Annual report of the Central Committee of the Association together with the report of the directors of the Pasteur Institute at Kasauli
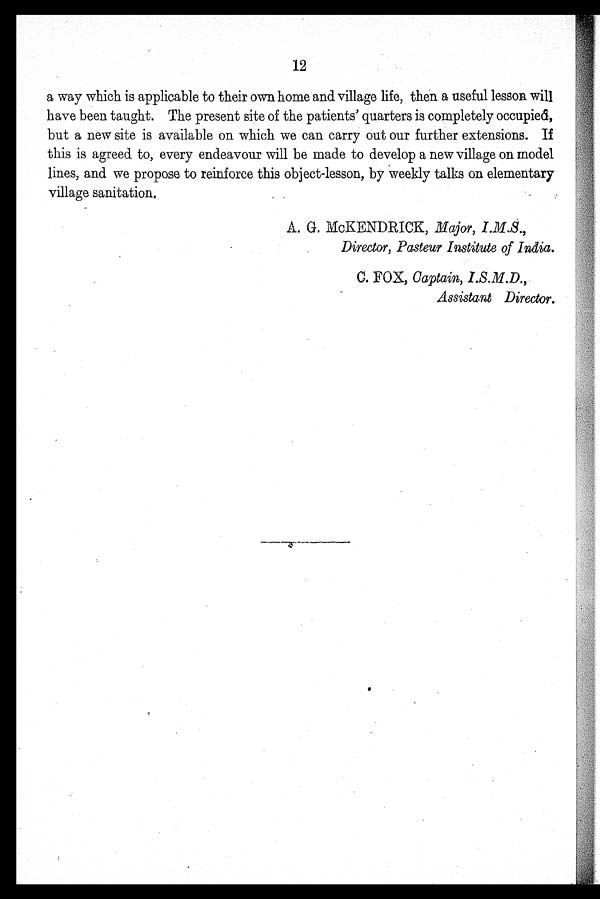
12
a way which is applicable to their own home and village life, then a useful lesson will
have been taught. The present site of the patients' quarters is completely occupied,
but a new site is available on which we can carry out our further extensions. If
this is agreed to, every endeavour will be made to develop a new village on model
lines, and we propose to reinforce this object-lesson, by weekly talks on elementary
village sanitation.
A. G. McKENDRICK, Major, I.M.S.,
Director, Pasteur Institute of India.
C. FOX, Captain, I.S.M.D.,
Assistant Director.